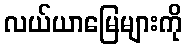
လယ်ယာမြေများကို